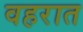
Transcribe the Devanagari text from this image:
वहरात